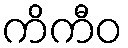
ကိကီဝ